Leaving Certificate Examination (including Day School Certificate (Higher) General paper), 1938
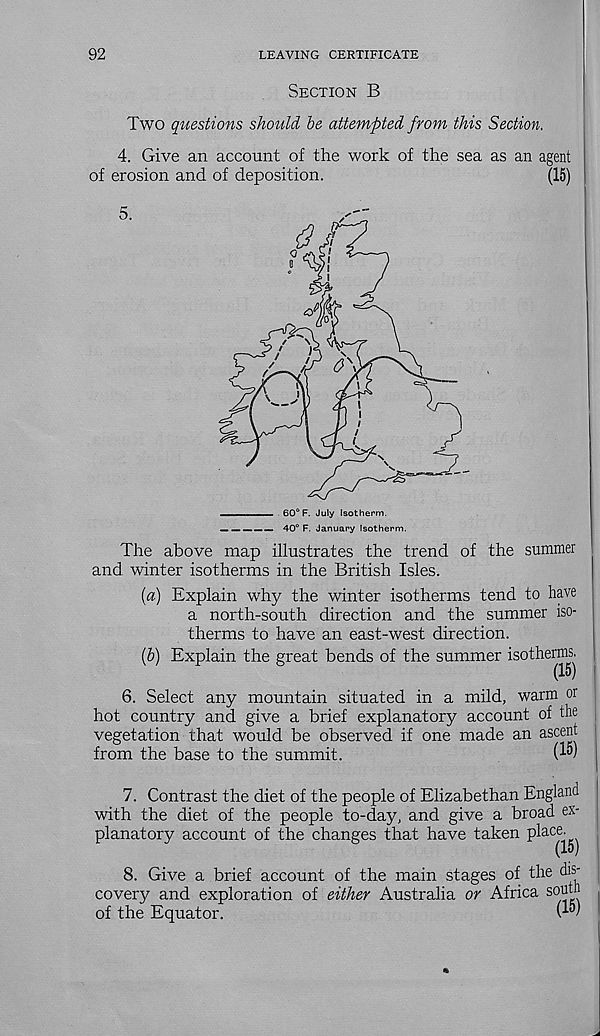
92
LEAVING CERTIFICATE
Section B
Two questions should be attempted from this Section.
4. Give an account of the work of the sea as an agent
of erosion and of deposition.
(15)
5.
60° F. July Isotherm.
40° F. January Isotherm.
The above map illustrates the trend of the summer
and winter isotherms in the British Isles.
(a) Explain why the winter isotherms tend to have
a north-south direction and the summer iso-
therms to have an east-west direction.
(b) Explain the great bends of the summer isotherms.
6. Select any mountain situated in a mild, warm or
hot country and give a brief explanatory account of the
vegetation that would be observed if one made an aseent
from the base to the summit.
G")
7. Contrast the diet of the people of Elizabethan England
with the diet of the people to-day, and give a broad ex-
planatory account of the changes that have taken pl ace '
(15)
8. Give a brief account of the main stages of the dis-
covery and exploration of either Australia or Africa south
of the Equator.